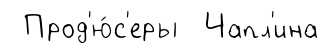
Прод'ю́с'еры Чапл'ина